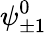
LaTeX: \psi_{\pm 1}^{0}